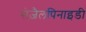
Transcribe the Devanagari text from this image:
सेज़ैलपिनाइडी